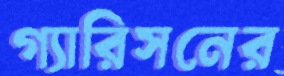
গ্যারিসনের